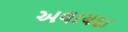
અલાયદા